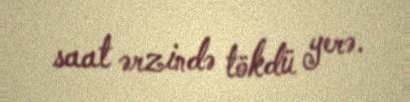
saat ərzində tökdü yerə.